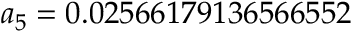
a _ { 5 } = 0 . 0 2 5 6 6 1 7 9 1 3 6 5 6 6 5 5 2